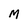
Character: M